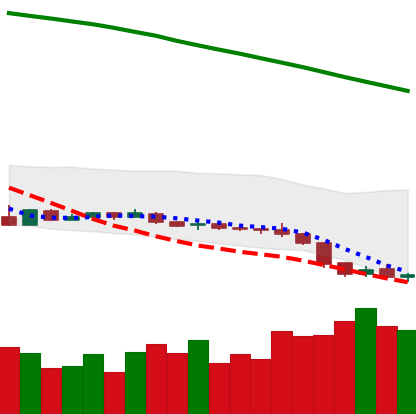
Ticker: XLM-USD
Chart end date: 2019-02-01
Forward return: -10.999%
Label: down_7plus